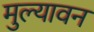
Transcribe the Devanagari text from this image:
मुल्यावन